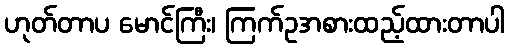
ဟုတ်တာပ မောင်ကြီး၊ ကြက်ဥအစားထည့်ထားတာပါ